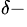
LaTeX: ^{\delta-}